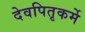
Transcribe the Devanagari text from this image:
देवपितृकर्मे